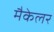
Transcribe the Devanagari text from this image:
मैकेलर